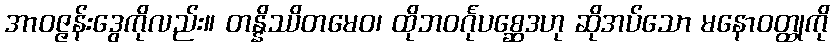
အာဝဇ္ဇန်းဒွေကိုလည်း။ တန္နိဿိတမေဝ၊ ထိုဘဝင်္ဂုပစ္ဆေဒဟု ဆိုအပ်သော မနောဝတ္ထုကို